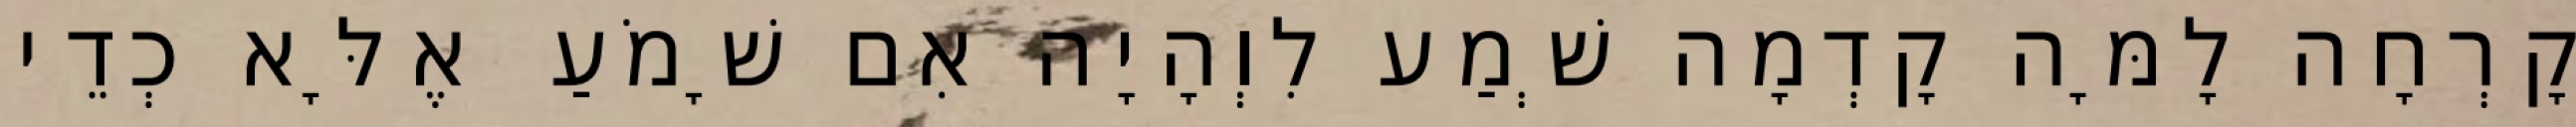
קָרְחָה לָמָּה קָדְמָה שְׁמַע לִוְהָיָה אִם שָׁמֹעַ אֶלָּא כְדֵי